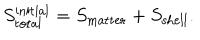
S _ { \mathrm { t o t a l } } ^ { \mathrm { i n i t i a l } } = S _ { \mathrm { m a t t e r } } + S _ { \mathrm { s h e l l } } .